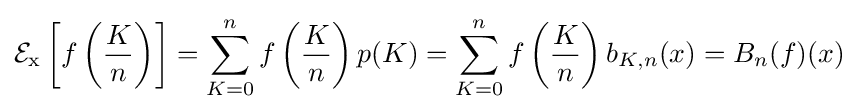
\operatorname {{\mathcal {E}}_{x}} \left[f\left({\frac {K}{n}}\right)\right]=\sum _{K=0}^{n}f\left({\frac {K}{n}}\right)p(K)=\sum _{K=0}^{n}f\left({\frac {K}{n}}\right)b_{K,n}(x)=B_{n}(f)(x)